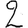
Digit: 2